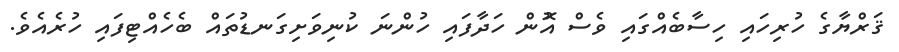
ޤަރްޔާގެ ހުރިހައި ހިސާބެއްގައި ވެސް އޮުން ހަދާފައިި ހުންނަ ކުނިވަށިގަނޑުތައް ބެހެއްޓިފައި ހުރެއެވެ.